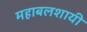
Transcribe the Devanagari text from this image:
महाबलशायी